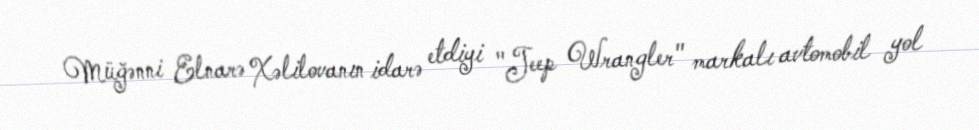
Müğənni Elnarə Xəlilovanın idarə etdiyi "Jeep Wrangler" markalı avtomobil yol